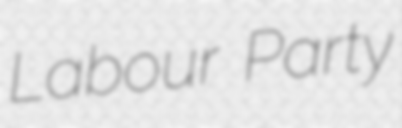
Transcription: Labour Party